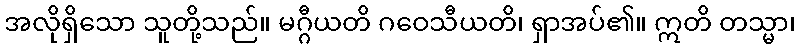
အလိုရှိသော သူတို့သည်။ မဂ္ဂီယတိ ဂဝေသီယတိ၊ ရှာအပ်၏။ ဣတိ တသ္မာ၊